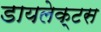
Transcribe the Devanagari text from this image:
डायलेक्टस